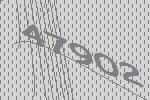
47902